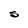
Character: S